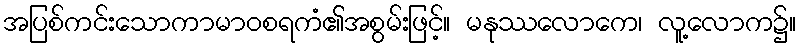
အပြစ်ကင်းသောကာမာဝစရကံ၏အစွမ်းဖြင့်။ မနုဿလောကေ၊ လူ့လောက၌။